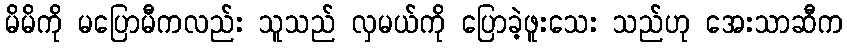
မိမိကို မပြောမီကလည်း သူသည် လှမယ်ကို ပြောခဲ့ဖူးသေး သည်ဟု အေးသာဆီက